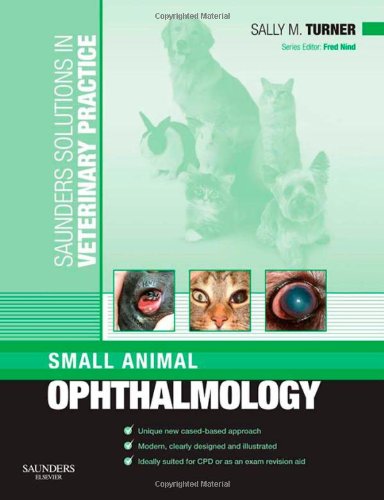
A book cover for Saunders Solutions in Veterinary Practice: Small Animal Ophthalmology, 1e; Sally M. Turner MA  VetMB  DVOphthal  MRCVS; Medical Books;